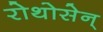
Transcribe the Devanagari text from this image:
रोथोसेन्